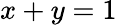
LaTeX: x+y=1